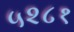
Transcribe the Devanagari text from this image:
५२८१